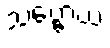
သဗ္ဗောဃံ